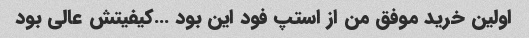
اولین خرید موفق من از استپ فود این بود …کیفیتش عالی بود